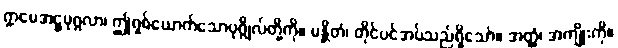
ဣမေအဋ္ဌပုဂ္ဂလာ၊ ဤရှစ်ယောက်သောပုဂ္ဂိုလ်တို့ကို။ မန္တိတံ၊ တိုင်ပင်အပ်သည်ရှိသော်။ အတ္ထံ၊ အကျိုးကို။